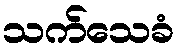
သက်သေခံ